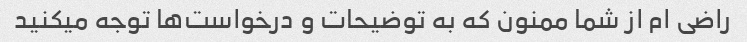
راضی ام از شما ممنون که به توضیحات و درخواست‌ها توجه میکنید